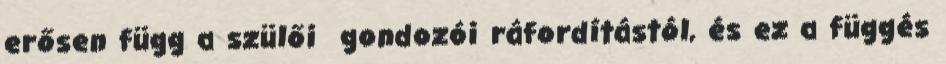
erősen függ a szülői gondozói ráfordítástól, és ez a függés